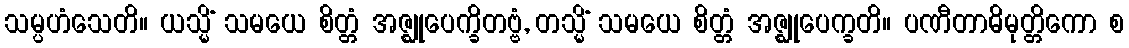
သမ္ပဟံသေတိ။ ယသ္မိံ သမယေ စိတ္တံ အဇ္ဈုပေက္ခိတဗ္ဗံ, တသ္မိံ သမယေ စိတ္တံ အဇ္ဈုပေက္ခတိ။ ပဏီတာဓိမုတ္တိကော စ